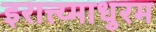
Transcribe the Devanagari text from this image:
इरात्त्य्माधुरम